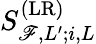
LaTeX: {S}_{\mathscr{F},L^{\prime};i,L}^{(\mathrm{{LR}})}